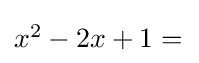
\textstyle x^{2}-2x+1={}\!